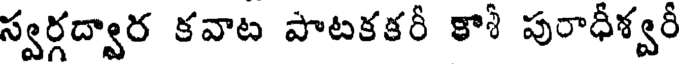
స్వర్గద్వార కవాట పాటకకరీ కాశీ పురాధీశ్వరీ